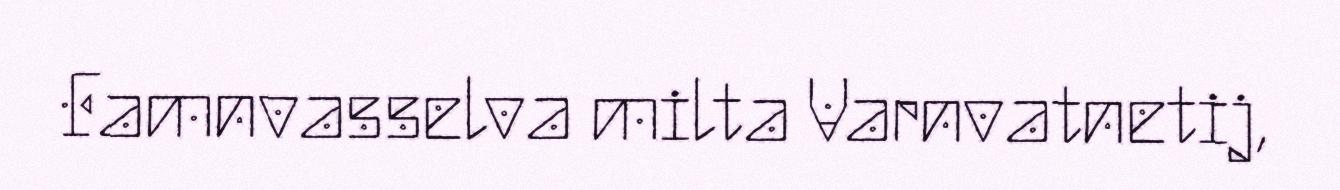
Famnvasselva milta Varnvatnetij,